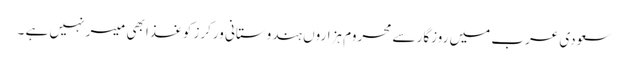
سعودی عرب میں روزگار سے محروم ہزاروں ہندوستانی ورکرز کوغذا بھی میسر نہیں ہے ۔